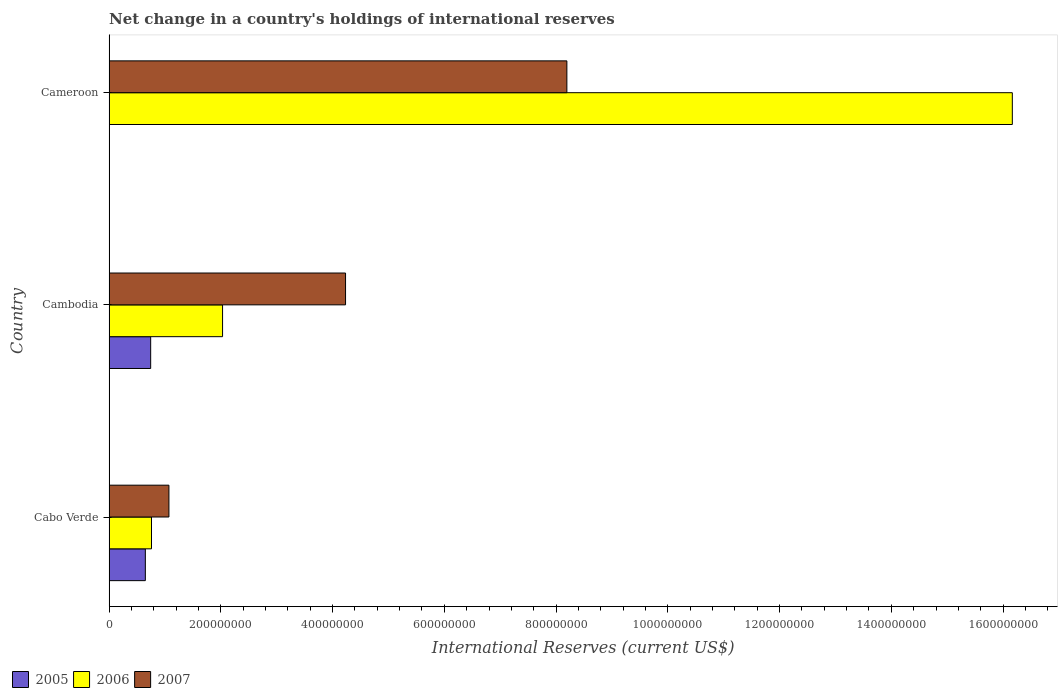
| Country | 2005 | 2006 | 2007 |
 | --- | --- | --- | --- |
 | Cabo Verde | 6.49e+07 | 7.6e+07 | 1.07e+08 |
 | Cambodia | 7.45e+07 | 2.03e+08 | 4.23e+08 |
 | Cameroon | -3.97e+08 | 1.62e+09 | 8.19e+08 |